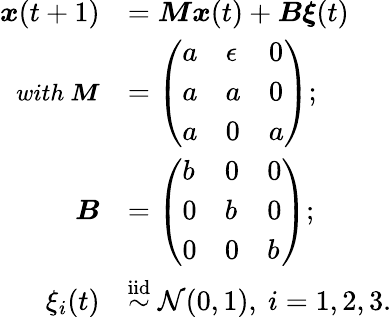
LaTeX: \begin{array}{rl}{\boldsymbol{x}(t+1)}&{=\boldsymbol{M}\boldsymbol{x}(t)+\boldsymbol{B}\boldsymbol{\xi}(t)}\\ {\small{\textit{with}}~\boldsymbol{M}}&{=\left(\begin{array}{lll}{a}&{\epsilon}&{0}\\ {a}&{a}&{0}\\ {a}&{0}&{a}\end{array}\right);}\\ {\boldsymbol{B}}&{=\left(\begin{array}{lll}{b}&{0}&{0}\\ {0}&{b}&{0}\\ {0}&{0}&{b}\end{array}\right);}\\ {\xi_{i}(t)}&{\overset{\mathrm{iid}}{\sim}\mathcal{N}(0,1),~i=1,2,3.}\end{array}